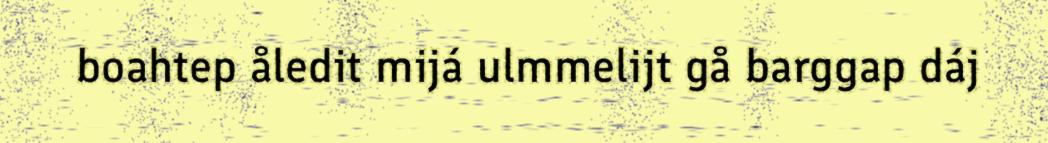
boahtep åledit mijá ulmmelijt gå barggap dáj